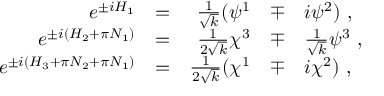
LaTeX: \begin{array} { r c r c l } { { e ^ { \pm i H _ { 1 } } } } & { { = } } & { { \frac 1 { \sqrt { k } } ( \psi ^ { 1 } } } & { { \mp } } & { { i \psi ^ { 2 } ) ~ , } } \\ { { e ^ { \pm i ( H _ { 2 } + \pi N _ { 1 } ) } } } & { { = } } & { { { \frac { 1 } { 2 \sqrt { k } } } \chi ^ { 3 } } } & { { \mp } } & { { { \frac { 1 } { \sqrt { k } } } \psi ^ { 3 } ~ , } } \\ { { e ^ { \pm i ( H _ { 3 } + \pi N _ { 2 } + \pi N _ { 1 } ) } } } & { { = } } & { { \frac 1 { 2 \sqrt { k } } ( \chi ^ { 1 } } } & { { \mp } } & { { i \chi ^ { 2 } ) ~ , } } \end{array}